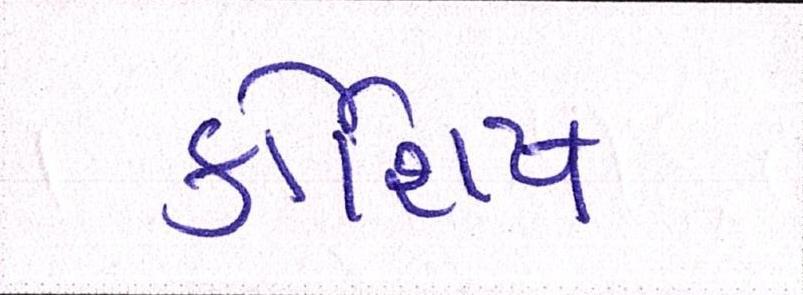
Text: કોશિષ